Punjab Mental Hospital Lahore 1922-31 - 1922-1931
Year: 1922
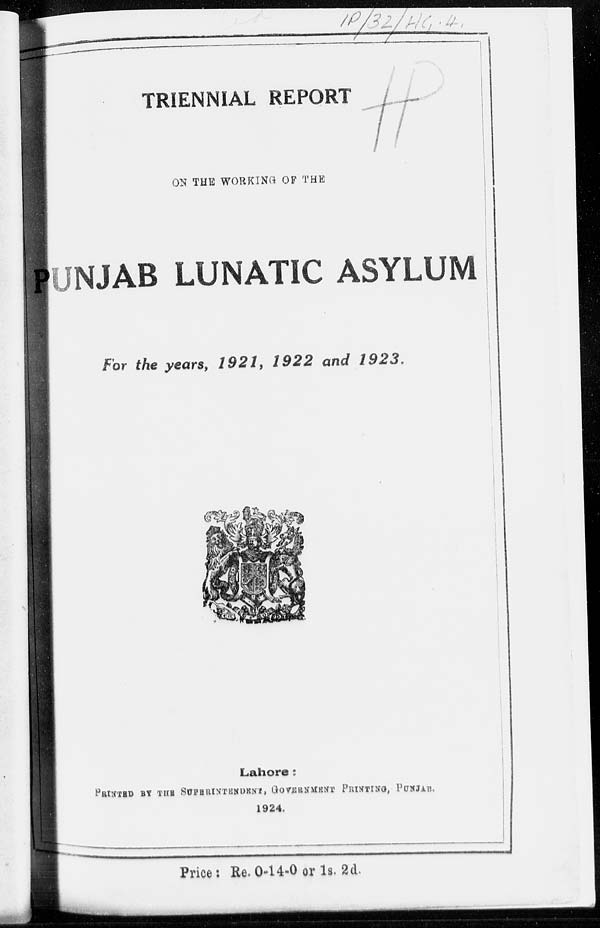
TRIENNIAL REPORT
ON THE WORKING OF THE
PUNJAB LUNATIC ASYLUM
For the years, 1921, 1922 and 1923.
Lahore:
PRINTED BY THE SUPERINTENDENT, GOVERNMENT PRINTING, PUNJAB,
1924.
Price: Re. 0-14-0 or 1s. 2d.